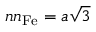
n n _ { \mathrm { F e } } = { a } \sqrt { 3 }